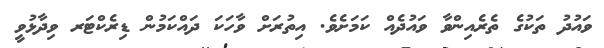
ވައުދު ތަކުގެ ތެރެއިންވާ ވައުދެއް ކަމަށެވެ. އިތުރަށް ވާހަކަ ދައްކަމުން ޑިރެކްޓަރ ވިދާޅުވީ